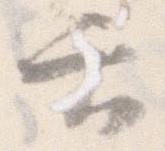
六